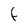
Character: F